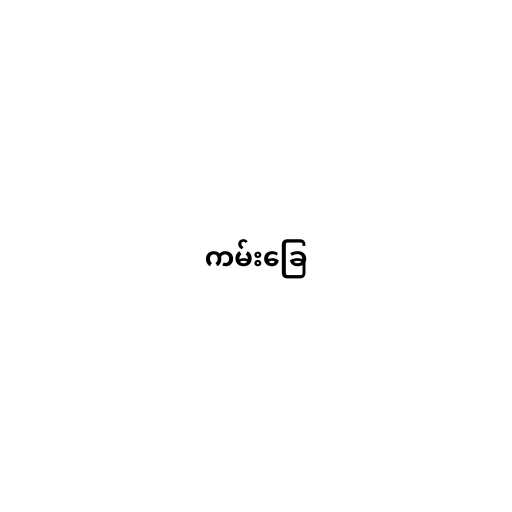
ကမ်းခြေ